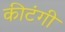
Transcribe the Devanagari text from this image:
कीटंगी